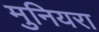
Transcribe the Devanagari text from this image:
मुनियरा